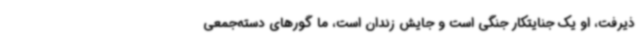
ذیرفت، او یک جنایتکار جنگی است و جایش زندان است، ما گورهای دسته‌جمعی